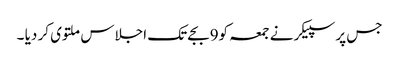
جس پر سپیکر نے جمعہ کو9بجے تک اجلاس ملتوی کر دیا ۔